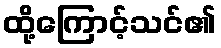
ထို့ကြောင့်သင်၏